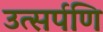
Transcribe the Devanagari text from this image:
उत्सर्पणि